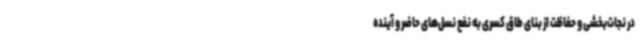
در نجات‌بخشی و حفاظت از بنای طاق کسری به نفع نسل‌های حاضر و آینده